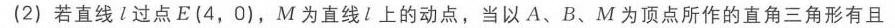
\((2)\) 若直线\(l\)过点\(E(4,0)\)，\(M\)为直线\(l\)上的动点，当以\(A、B、M\)为顶点所作的直角三角形有且